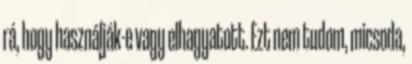
rá, hogy használják-e vagy elhagyatott. Ezt nem tudom, micsoda,